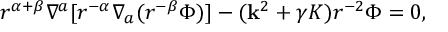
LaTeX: r ^ { \alpha + \beta } \nabla ^ { a } [ r ^ { - \alpha } \nabla _ { a } ( r ^ { - \beta } \Phi ) ] - ( { \bf k } ^ { 2 } + \gamma K ) r ^ { - 2 } \Phi = 0 ,